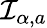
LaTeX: {\mathcal{I}}_{\alpha,a}